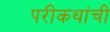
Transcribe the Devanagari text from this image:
परीकथांची